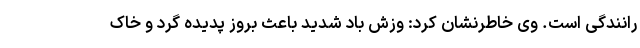
رانندگی است. وی خاطرنشان کرد: وزش باد شدید باعث بروز پدیده گرد و خاک